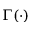
\Gamma ( \cdot )